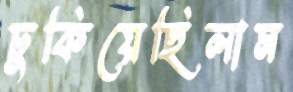
ঢুকিয়েছিলাম